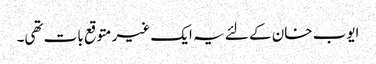
ایوب خان کے لئے یہ ایک غیر متوقع بات تھی۔